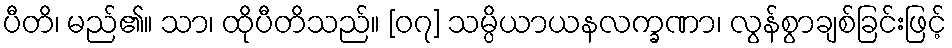
ပီတိ၊ မည်၏။ သာ၊ ထိုပီတိသည်။ [၀၇] သမ္ပိယာယနလက္ခဏာ၊ လွန်စွာချစ်ခြင်းဖြင့်